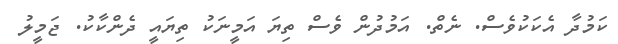
ކަމުދާ އެކަކުވެސް. ނެތް. އަމުދުން ވެސް ތިޔަ އަމީނަކު ތިޔައީ ދެންކާކު. ޖަމީލު